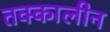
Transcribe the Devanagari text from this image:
तक्कालीन